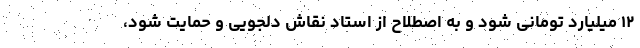
۱۲ میلیارد تومانی شود و به اصطلاح از استاد نقاش دلجویی و حمایت شود،